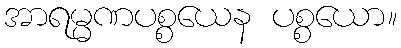
အာရမ္မဏပစ္စယေန ပစ္စယော။